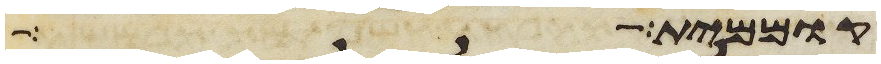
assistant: קוממית